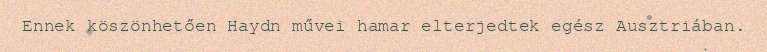
Ennek köszönhetően Haydn művei hamar elterjedtek egész Ausztriában.